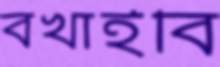
বখাইবি